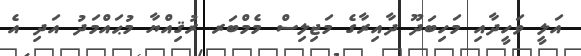
އަލީ ވަހީދާއި މަހިބަދޫ ދާއިރާގެ މަޖިލިސް މެމްބަރ ރުޤިއްޔާ މުޙައްމަދު އަދި އެ